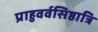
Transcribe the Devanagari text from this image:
प्राहुवर्वसिष्ठात्रि